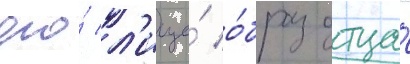
его́ л'ице́ о́браз отца́